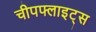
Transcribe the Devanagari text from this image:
चीपफ्लाइट्स